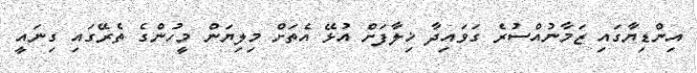
އިންޑިޔާގައި ޒަމާނުއްސުރެ ގަވައިދާ ޚިލާފަށް އުޅޭ އެތަށް މިލިޔަން މީހުންގެ ތެރޭގައި ގިނައީ